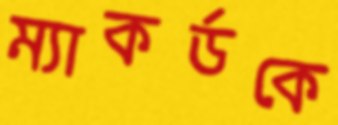
ম্যাকর্ডকে